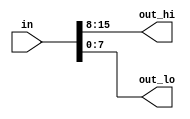
`default_nettype none     // Disable implicit nets. Reduces some types of bugs.
module top_module( 
    input wire [15:0] in,
    output wire [7:0] out_hi,
    output wire [7:0] out_lo );

    assign out_hi = in[15:8];
    assign out_lo = in[7:0];

endmodule